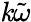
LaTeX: \mathit{k}\tilde{{\omega}}